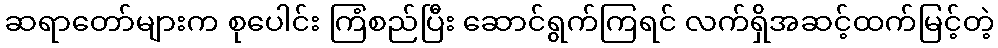
ဆရာတော်များက စုပေါင်း ကြံစည်ပြီး ဆောင်ရွက်ကြရင် လက်ရှိအဆင့်ထက်မြင့်တဲ့